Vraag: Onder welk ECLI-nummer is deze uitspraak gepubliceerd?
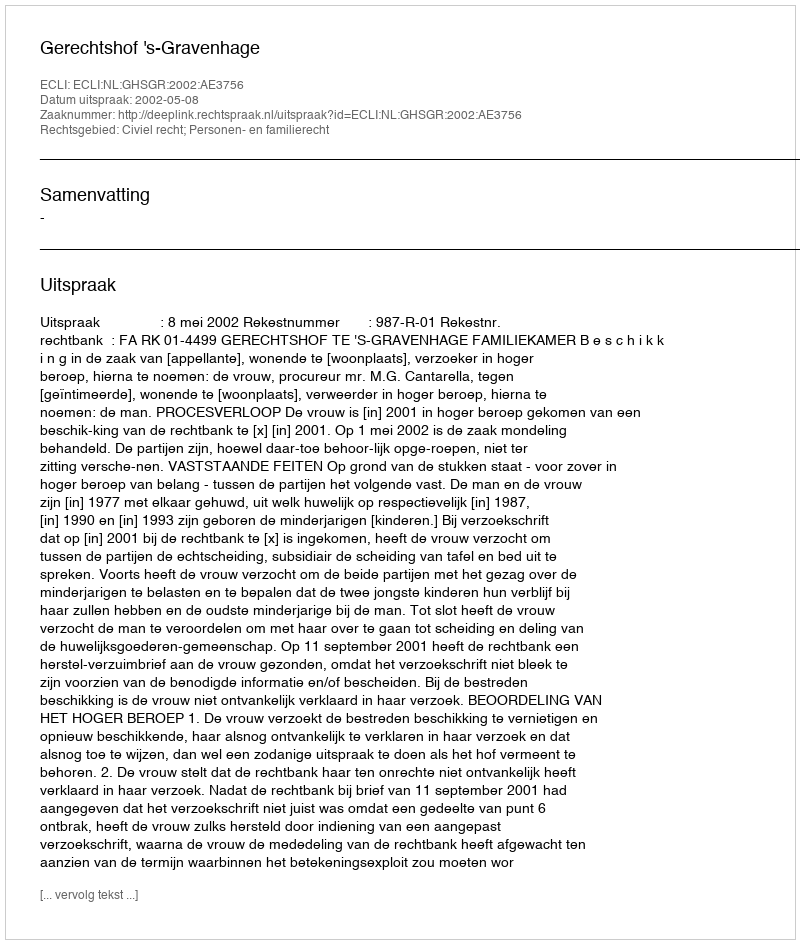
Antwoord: ECLI:NL:GHSGR:2002:AE3756